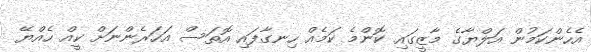
އެހެންކަމުން އަލްޔާގެ މާޒީގައި ކޮންމެ ކަމެއް ހިނގާފައި އޮތަސް އަހަރެންނަށް ކީއް ހެއްޔޭ